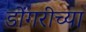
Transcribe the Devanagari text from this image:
डोंगरीच्या